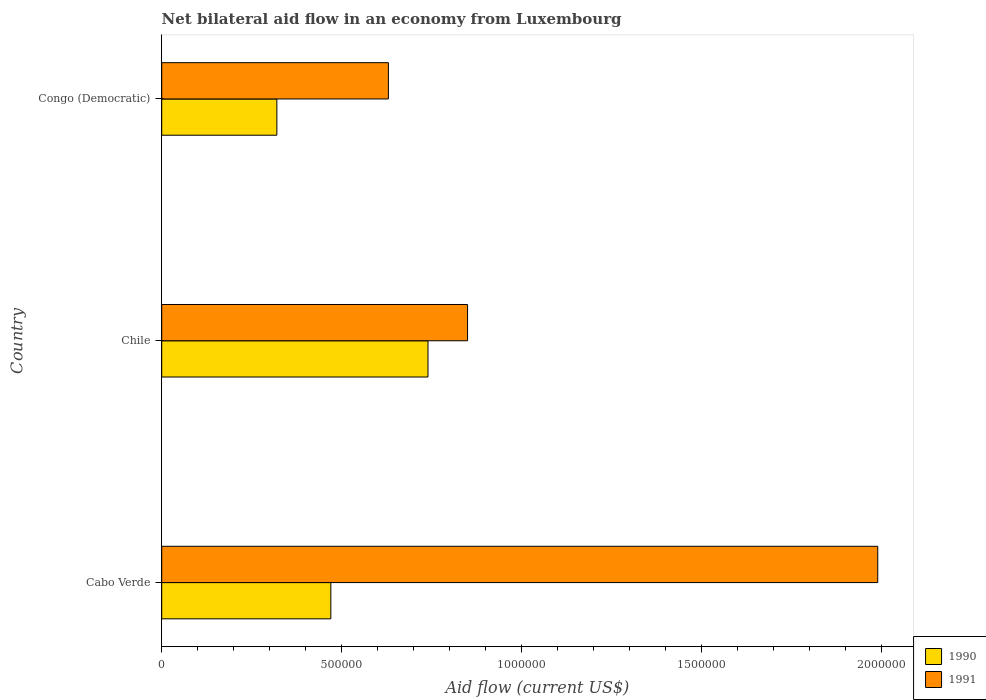
| Country | 1990 | 1991 |
 | --- | --- | --- |
 | Cabo Verde | 4.7e+05 | 1.99e+06 |
 | Chile | 7.4e+05 | 8.5e+05 |
 | Congo (Democratic) | 3.2e+05 | 6.3e+05 |